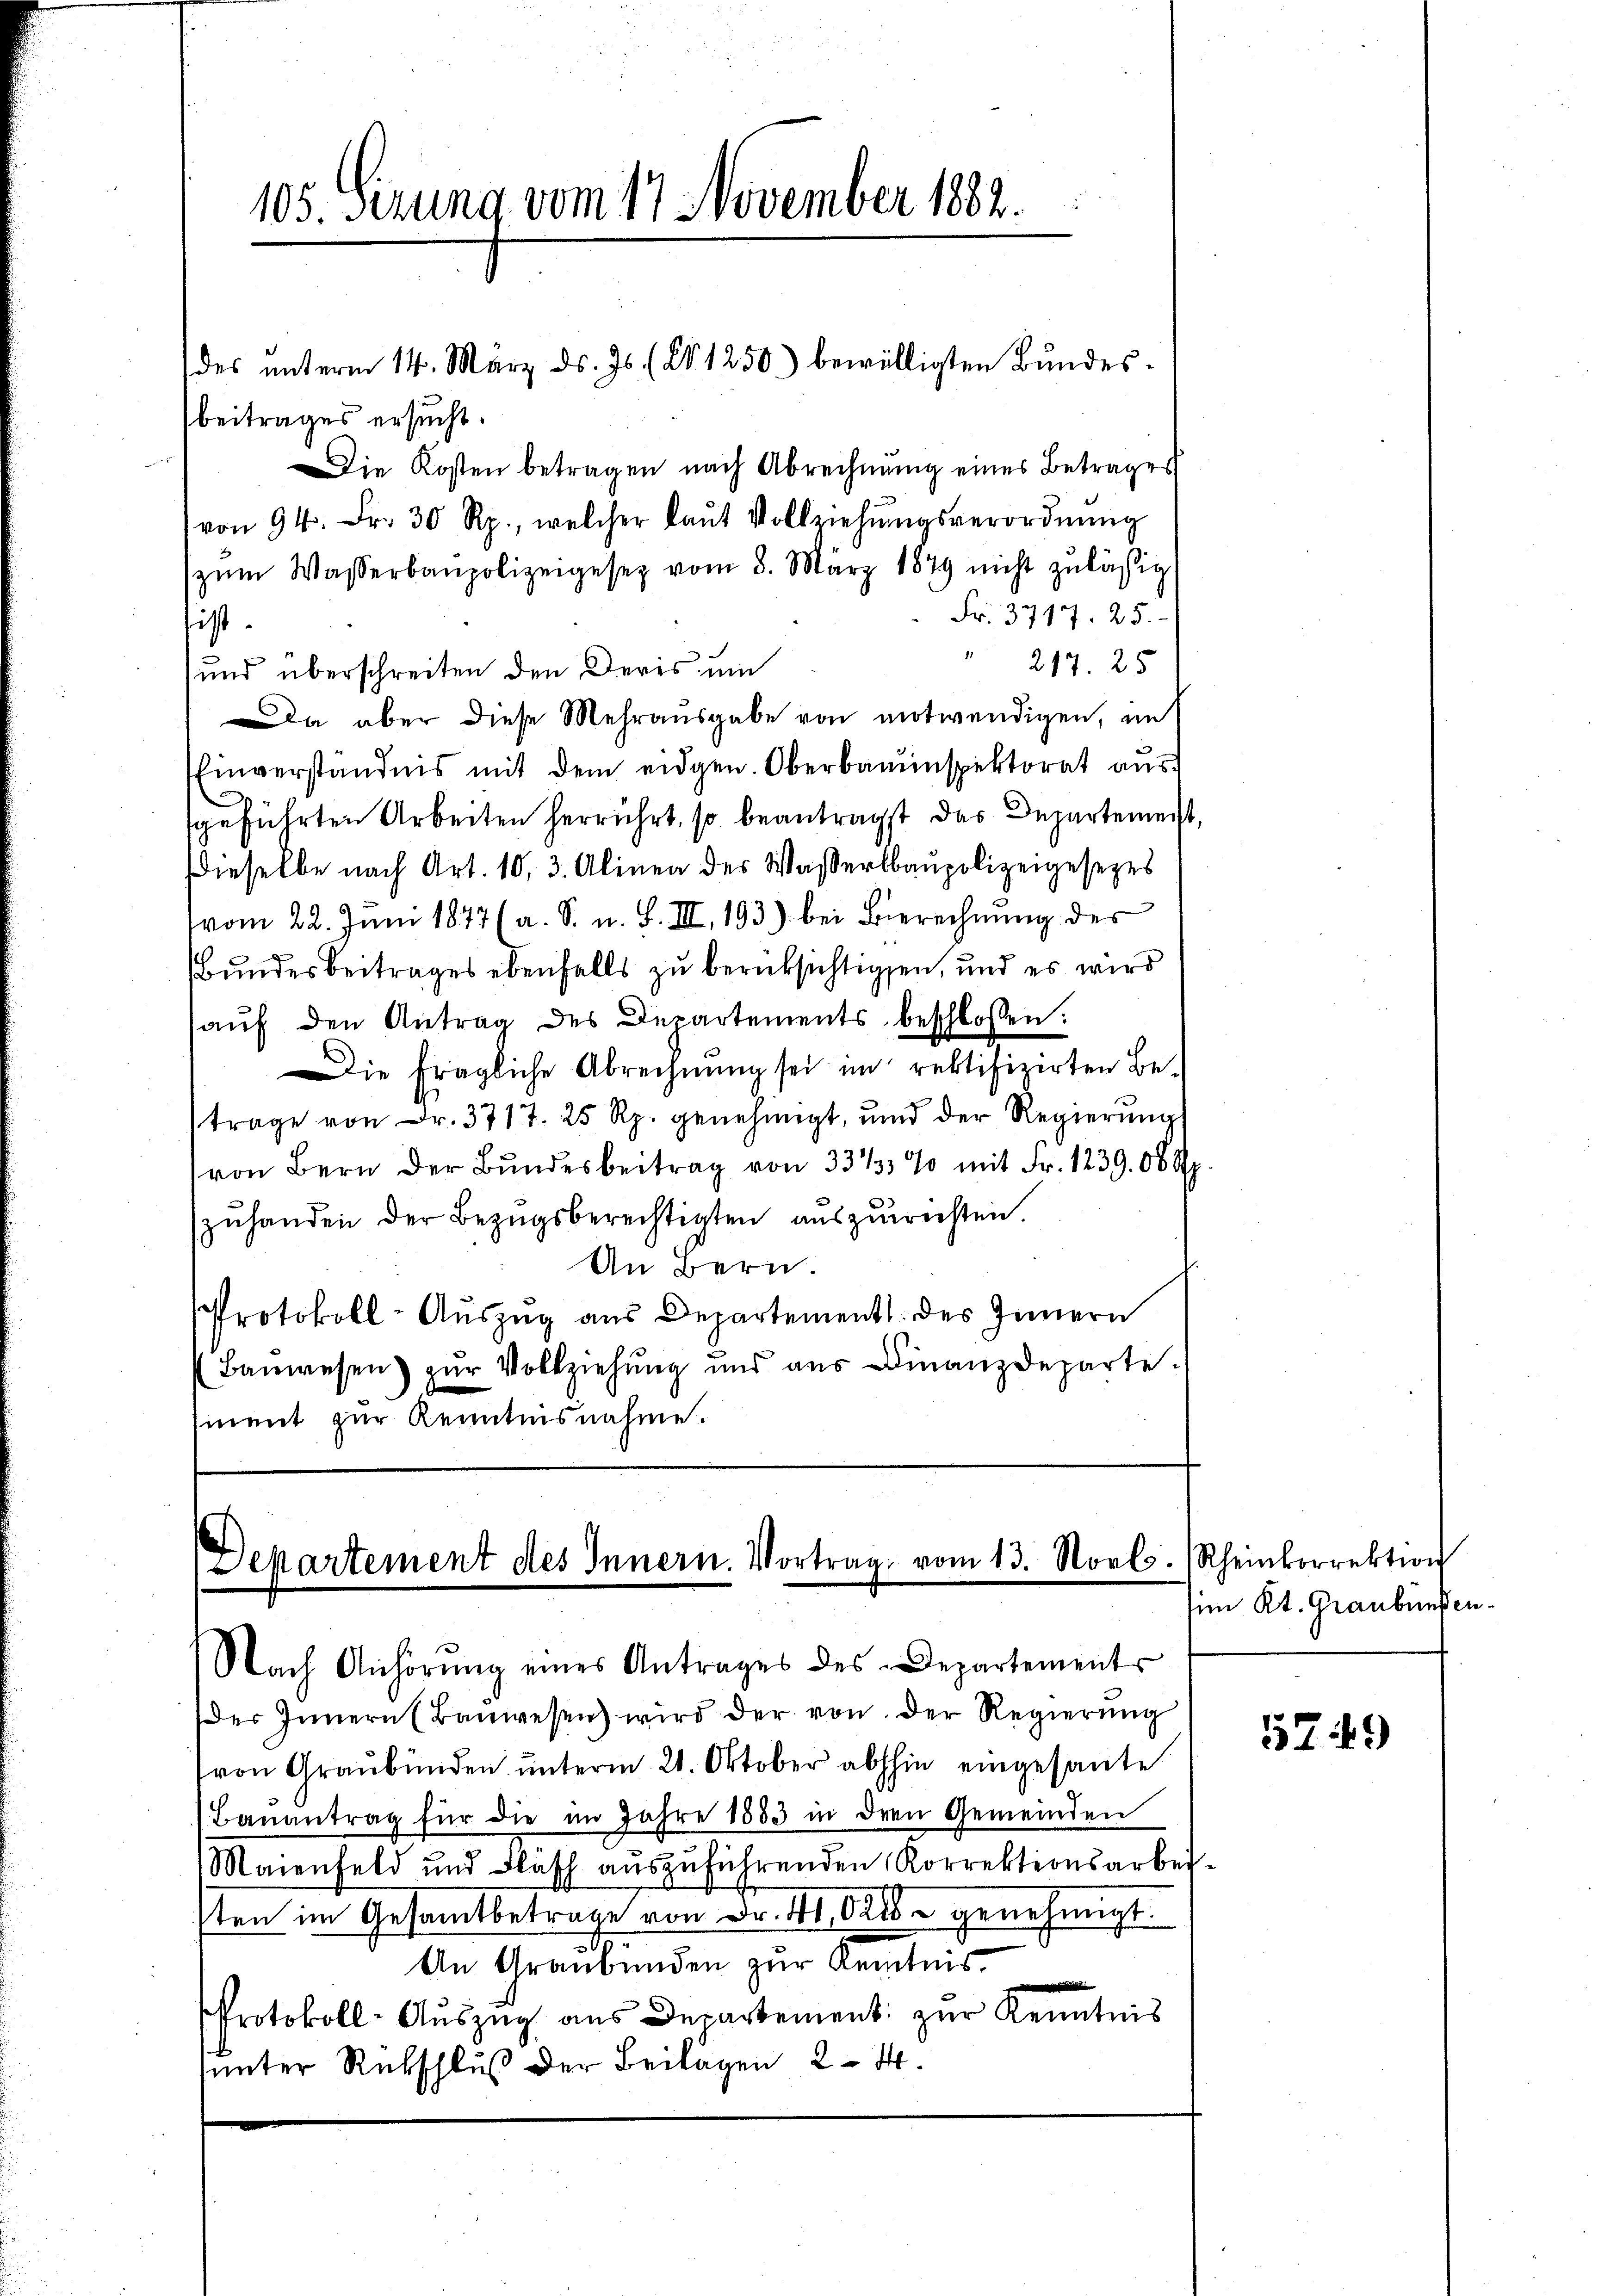
105. Sezung vom 17. November 1882.

beitrages ersucht.
Die Kosten betragen nach Abrechnung eines Betrages
von 94. Fr. 30 Rp., welcher laŭt Vollziehŭngsverordnŭng
zŭm Wasserbaupolizeigesez vom 8. März 1879 nicht zulässig
Fr. 3717. 25.
hist.
 217. 25
und überschreiten den Devis um
Da aber diese Mehrausgabe von motwendigen, in
Einverständnis mit dem eidgen. Oberbauenspektorat aussgeführten Arbeiten herrührt, so beantragst das Departemeist,
dieselbe nach Art. 10, 3. Alinea des Wasserlbaupolizeigesezes
vom 22. Juni 1877 (a. S. u. S. III. 193) bei Berechnung des
Bundesbeitrages ebenfalls zu berüksichtigen, und es wird
aŭf den Antrag des Departements beschlossen:
Die fragliche Abrechnung sei im rektifizirten Betrage von Fr. 3717. 25 Rp. genehmigt, ŭnd der Regierŭng
von Bern der Bŭndesbeitrag von 33 1/5% mit Fr. 1239. 06 8
zuhanden der Bezugsberechtigten auszurichten.
An Bern.
Protokoll-Auszug aus Departement des Innern
Bauwesen zur Vollziehung und aus Finanzdeparte
mnent zur Kenntnisnahme.

des unterm 14. März ds. Js. (21250) bewilligten Bundes¬

Departement des Innern. Vortrag vom 13. Novb. Rheinkorrektion
Nach Anhörŭng eines Antrages des Departements

des Innern (Baŭwesen wird der von der Regierŭng
von Graubünden unterm 21. Oktober abhin eingesante
Bauantrag für die im Jahre 1883 in deren Gemeinden
Maienfeld und Fläsch aŭszŭführenden Korrektionsarbei-
sten im Gesammtbetrage von Fr. 4. Orts genehmigt.
An Graubünden zur Kenntnis.
Protokoll-Auszug aus Departement zur Kenntnis
sunter Rückschluß der Beilagen 24.

im Kt. Graubünden

5749